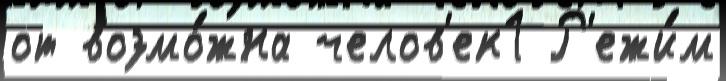
от возмо́жна челов'ек1 Р'ежи́м